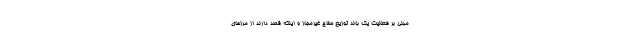
مبنی بر فعالیت یک باند توزیع سلاح غیرمجاز و اینکه قصد دارند از مرز‌های